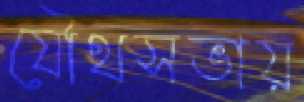
যৌথসভায়